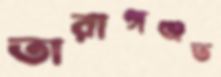
তারাগঞ্জত